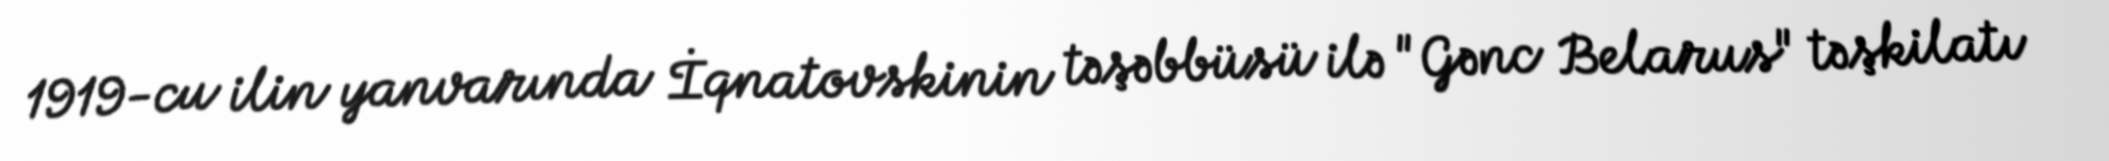
1919-cu ilin yanvarında İqnatovskinin təşəbbüsü ilə "Gənc Belarus" təşkilatı